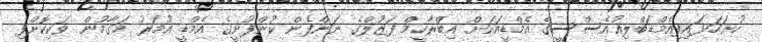
ހުށަހަޅައިފިއެމްޑަބްލިއުއެސްސީގެ އެމްޑީއަކަށް އިބްރާހީމް ފަޒުލްގެ ނަންފެން ކުންފުނީގެ އެމްޑީ އުމަރު މަގާމުން ވަކިކޮށްފި